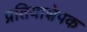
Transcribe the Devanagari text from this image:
प्रतियाशेपक